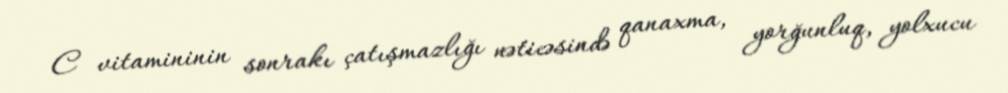
C vitamininin sonrakı çatışmazlığı nəticəsində qanaxma, yorğunluq, yolxucu